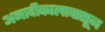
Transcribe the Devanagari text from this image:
अनादीकालापासून